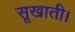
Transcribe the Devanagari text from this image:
सूखाती।